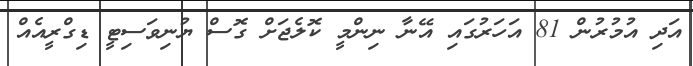
އަދި އުމުރުން 81 އަހަރުގައި އޭނާ ނިންމީ ކޮލެޖަށް ގޮސް ޔުނިވަސިޓީ ޑިގްރީއެއް